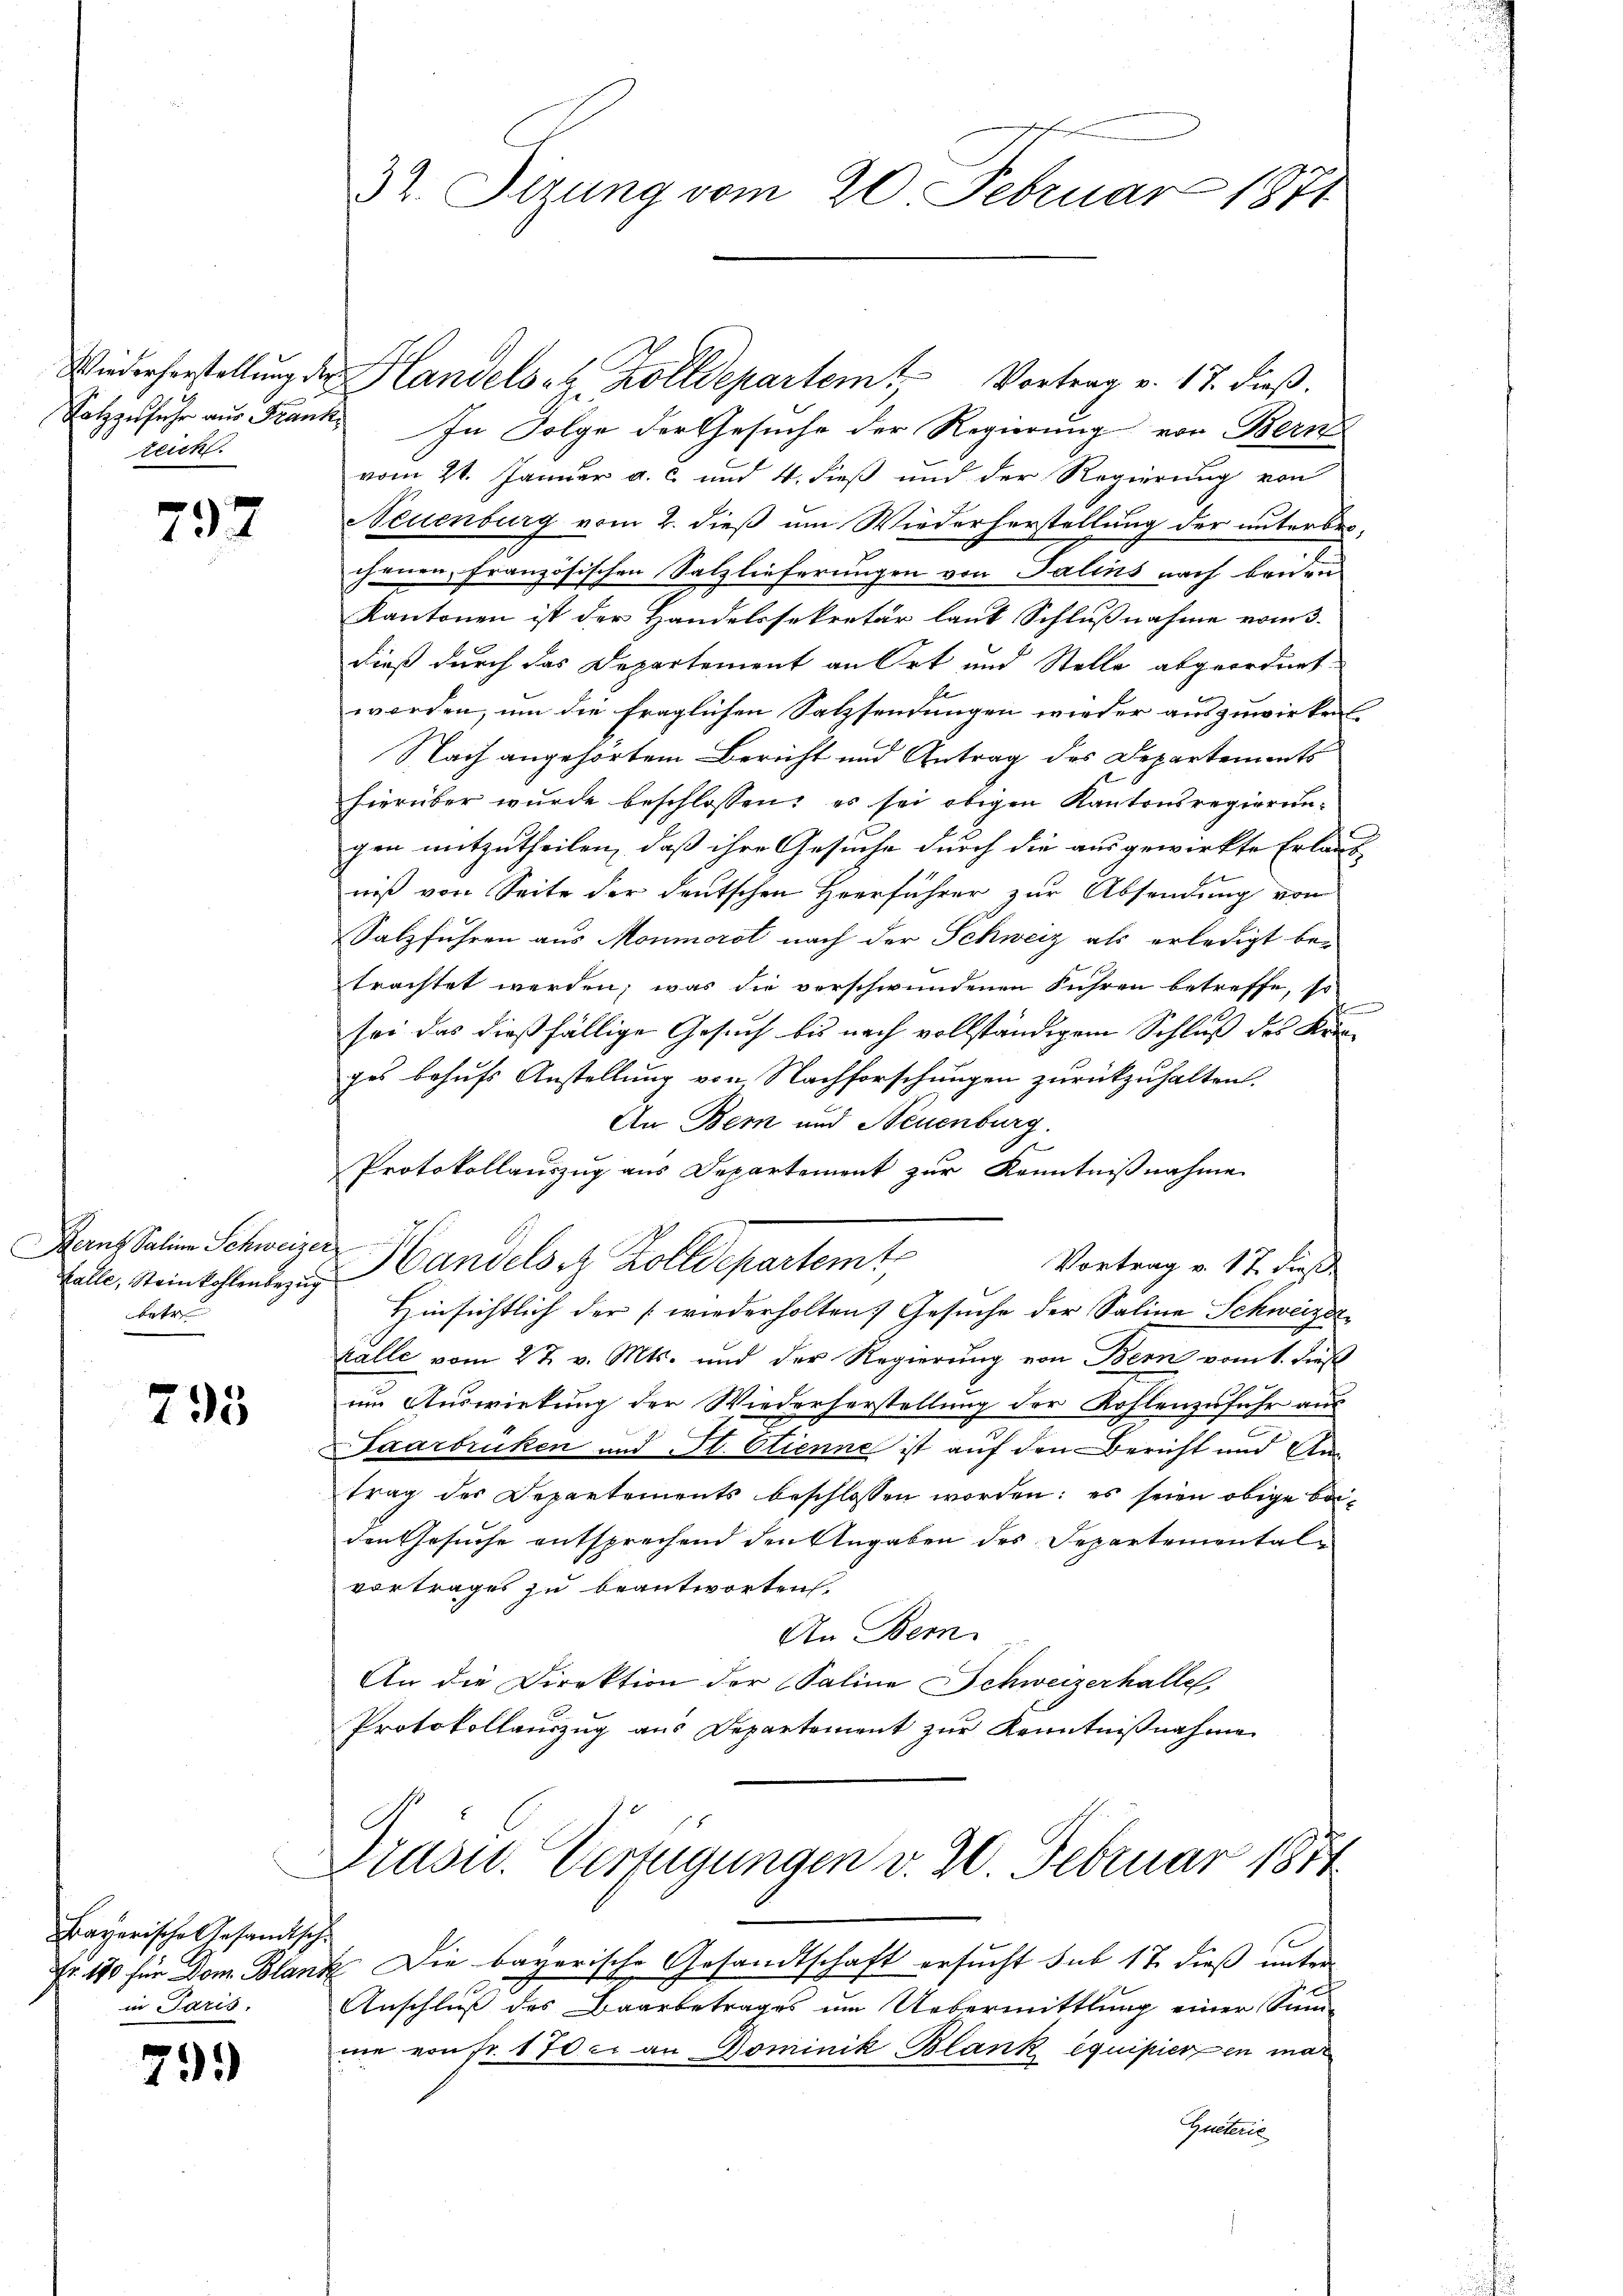
zeich

797

Hern Saline Schweizer
Kalle, Steinkohlenbezug
betre

795

Bayerische Gesandtsche
in Paris.

79)

Wiederherstellung der Handelsch. Zolldepartem Vortrag v. 17. dieß.
Solzzufuhr aus Frank. In Folge der Gesuche der Regierung von Bern
vom 21. Januar a. c. und 4. dieß und der Regierung von
Neuenburg vom 2. dieß um Wiederherstellung der unterber
chenen, französischen Salzlieferungen von Talins nach beiden
Kantonen ist der Handelssekretär laut Schlußnahme vom 3.
dieß durch das Departement an Ort und Stelle abgeordnet
worden, um die fraglichen Salzsendungen wieder auszuwirken,
Nach angehörtem Bericht und Antrag des Departements
hierüber wurde beschlossen: es sei obigen Kantonsregierungen mitzutheilen, daß ihre Gesuche durch die ausgewirkte Erlaub
niß von Seite der deutschen Herrführer zur Absendung von
Salzfuhren aus Monmorot nach der Schweiz als erledigt betrachtet werden; was die verschwundenen Führen betreffe, so
sei das dießfällige Gesuch bis nach vollständigem Schluß des Komzes behufs Anstellung von Nachforschungen zurückzuhalten.
An Bern und Neuenburg.
Protokollauszug aus Departement zur Kenntnißnahme
Handels er Zolldepartemt
Vortrag v. 17. dieß
Hinsichtlich der wiederholten) Gesuche der Salina Schweizer
halle vom 27. v. Mts. und der Regierung von Bern vom 1. dieß
im Auswirkung der Wiederherstellung der Kohlenzufuhr aus
Saarbrüken und St. Etienne ist auf den Bericht und Antrag des Departements beschlossen worden: es seien obige beiden Gesuche entsprechend den Angaben des Departemental-
vortrages zu beantworten.
An Bem
An die Direktion der Salina Schweizerhalle
Protokollauszug aus Departement zur Kenntnißnahme
Prust. Verfügungen v. 20. Februar 1874
Fr. 180 für Dom. Blank Die bayerische Gesandtschaft ersucht sub 17 dieß unter
Anschluß des Baarbetrages um Uebermittlung einer Sum-
nie von fr. 170 c. an Dominik, Blank equipieren mar
Gretene

32. Setzung vom 20. Februar 1871

nung